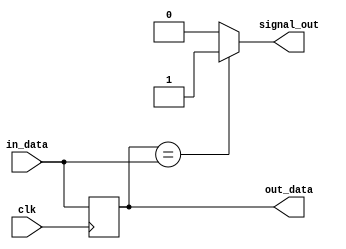
module RF_out(clk,in_data,out_data,signal_out);

input clk;
input [7:0]in_data;
output reg [7:0]out_data;
output signal_out;

always @(posedge clk) begin
	out_data = in_data;
end
assign signal_out = (out_data == in_data) ? 1'b1 : 1'b0;
endmodule